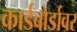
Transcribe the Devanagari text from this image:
कार्डबोर्डावर